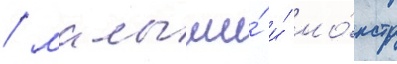
/ малыши́ и́ мо́нстр